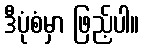
ဒီပုံစံမှာ ဖြည့်ပါ။